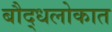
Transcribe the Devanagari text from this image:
बौद्धलोकात